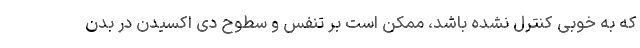
که به خوبی کنترل نشده باشد، ممکن است بر تنفس و سطوح دی اکسیدن در بدن